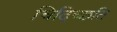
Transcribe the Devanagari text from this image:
चिदिच्छति